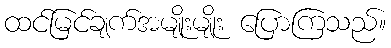
ထင်မြင်ချက်အမျိုးမျိုး ပြောကြသည်။